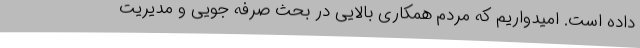
داده است. امیدواریم که مردم همکاری بالایی در بحث صرفه جویی و مدیریت